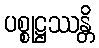
ပစ္စုဋ္ဌဿန္တိ